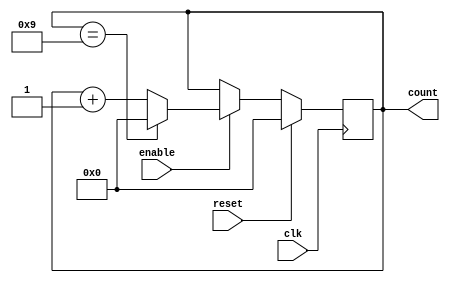
module bcd_up_counter (
  input wire clk,         // System clock input
  input wire reset,       // Reset signal input
  input wire enable,      // Enable signal input
  output reg [3:0] count  // BCD counter output
);

always @(posedge clk) begin
  if (reset) begin
    count <= 4'b0000;    // Initialize counter to 0
  end else if (enable) begin
    // Increment count by 1 in BCD format
    if (count == 4'b1001) begin
      count <= 4'b0000;  // Reset counter to 0 if at maximum value
    end else begin
      count <= count + 1; // Increment counter by 1
    end
  end
end

endmodule